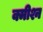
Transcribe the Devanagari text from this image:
क्मीश्न